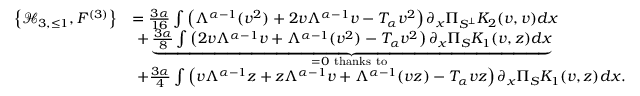
\begin{array} { r l } { \left\{ \mathcal { H } _ { 3 , \le 1 } , F ^ { ( 3 ) } \right\} } & { = \frac { 3 \alpha } { 1 6 } \int \left( \Lambda ^ { \alpha - 1 } ( v ^ { 2 } ) + 2 v \Lambda ^ { \alpha - 1 } v - T _ { \alpha } v ^ { 2 } \right) \partial _ { x } \Pi _ { S ^ { \perp } } K _ { 2 } ( v , v ) d x } \\ & { \ + \underbrace { \frac { 3 \alpha } { 8 } \int \left( 2 v \Lambda ^ { \alpha - 1 } v + \Lambda ^ { \alpha - 1 } ( v ^ { 2 } ) - T _ { \alpha } v ^ { 2 } \right) \partial _ { x } \Pi _ { S } K _ { 1 } ( v , z ) d x } _ { = 0 \mathrm { ~ t h a n k s ~ t o ~ } } } \\ & { \ + \frac { 3 \alpha } { 4 } \int \left( v \Lambda ^ { \alpha - 1 } z + z \Lambda ^ { \alpha - 1 } v + \Lambda ^ { \alpha - 1 } ( v z ) - T _ { \alpha } v z \right) \partial _ { x } \Pi _ { S } K _ { 1 } ( v , z ) d x . } \end{array}